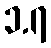
၁.၇